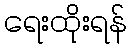
ရေးထိုးရန်